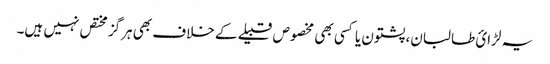
یہ لڑائ طالبان، پشتون یا کسی بھی مخصوص قبیلے کے خلاف بھی ہرگز مختص نہیں ہیں۔